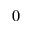
0